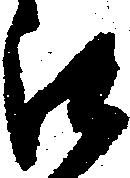
被